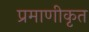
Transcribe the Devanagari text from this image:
प्रमाणीकृत